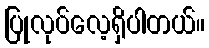
ပြုလုပ်လေ့ရှိပါတယ်။